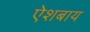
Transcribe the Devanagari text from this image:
ऐशबाय